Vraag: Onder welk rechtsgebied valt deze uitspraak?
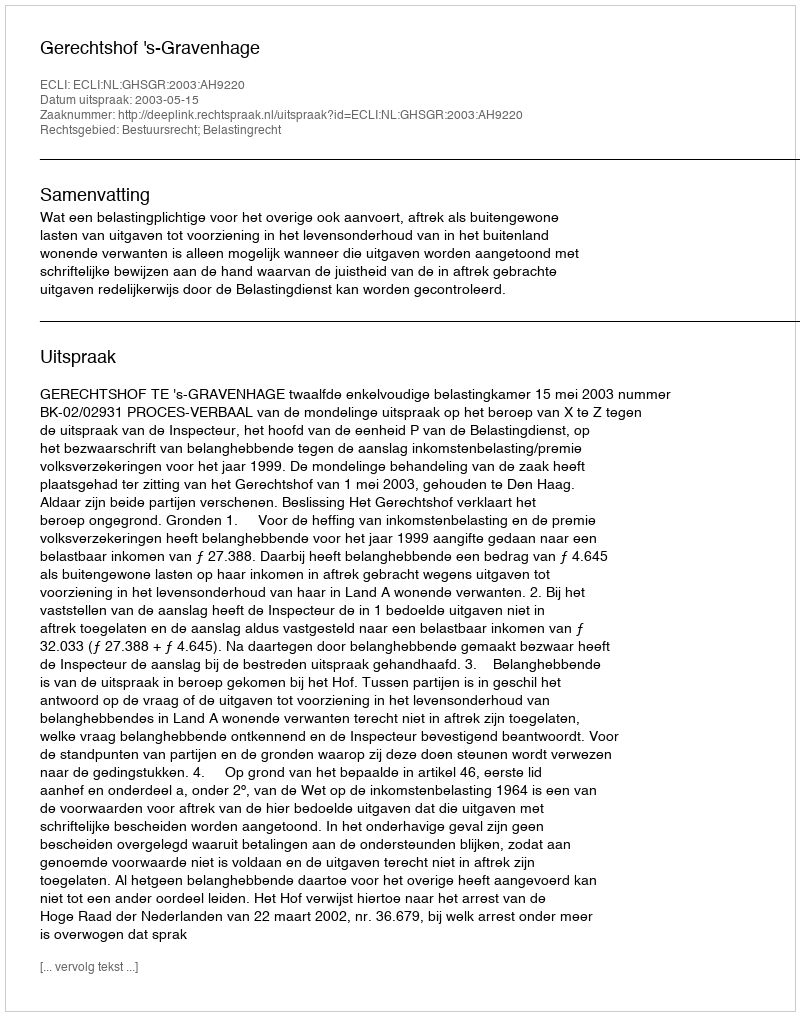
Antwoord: Bestuursrecht; Belastingrecht